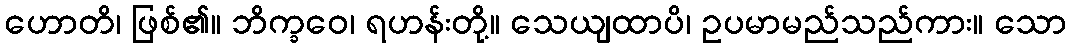
ဟောတိ၊ ဖြစ်၏။ ဘိက္ခဝေ၊ ရဟန်းတို့။ သေယျထာပိ၊ ဥပမာမည်သည်ကား။ သော